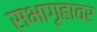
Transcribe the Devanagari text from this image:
सभागृहावर